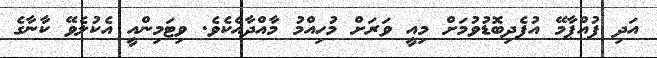
އަަދި ފުއްޕާމޭ އުފެދިބޮޑުވުމަށް މިއީ ވަރަށް މުހިއްމު މާއްދާއެކެވެ. ވިޓަމިންއީ އެކުލެވޭ ކާނާގެ